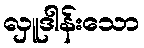
လှူဒါန်းသော